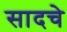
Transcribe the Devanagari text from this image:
सादचे